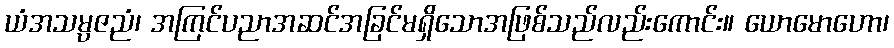
ယံအသမ္ပဇညံ၊ အကြင်ပညာအဆင်အခြင်မရှိသောအဖြစ်သည်လည်းကောင်း။ ယောမောဟော၊